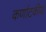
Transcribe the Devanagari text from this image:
कर्णाटकीय